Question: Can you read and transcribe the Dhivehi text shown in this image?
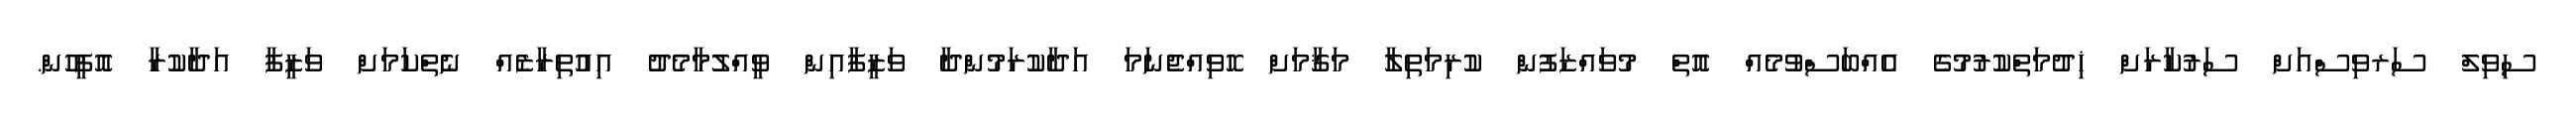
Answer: ސިވިލް ސަރވިސްއަށް ސަރުކާރަށް ޚިދުމަތްކުރުމުގެ އެއްބަސްވުމެއް އޮތް މުވައްޒަފުން ކުރިމަތިލާ މަޤާމަށް ހޮވިއްޖެނަމަ އަދާކުރަމުންދާ ވަޒީފާއިން ވީއްލުމާމެދު އިއުތިރާޒެއް ނެތްކަމަށް ވަޒީފާ އަދާކުރާ އޮފީހުން.